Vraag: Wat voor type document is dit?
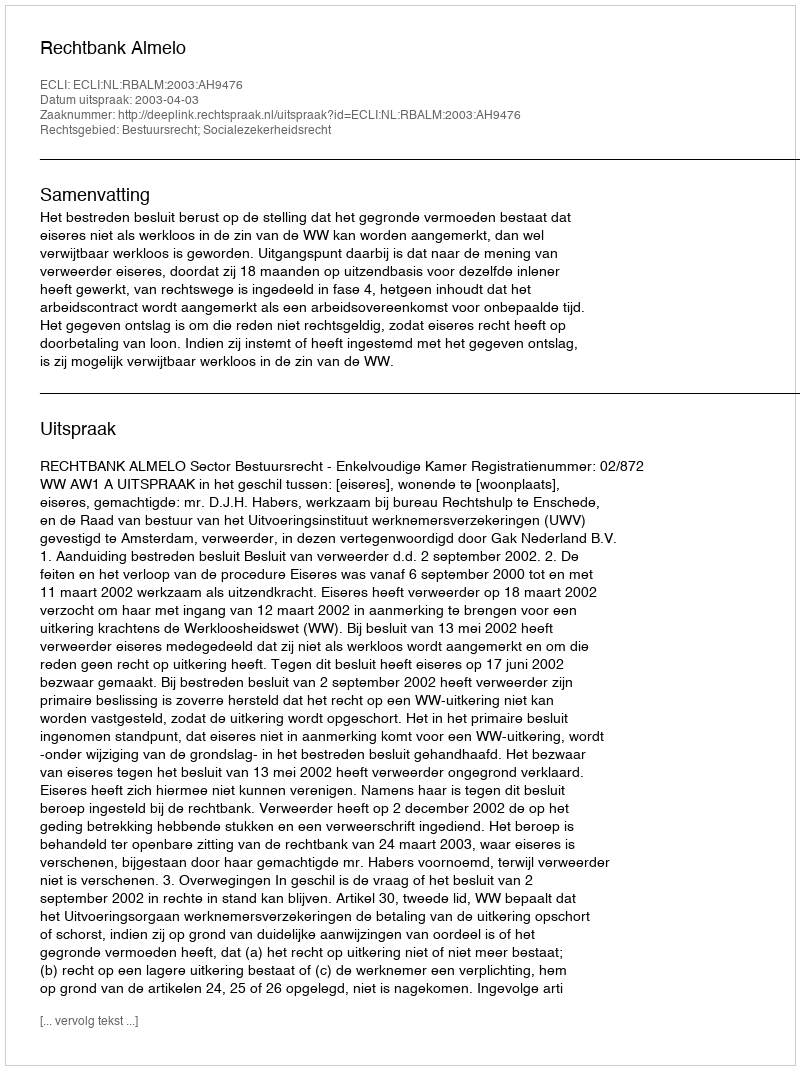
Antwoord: Uitspraak